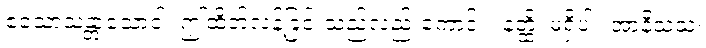
ဧသောသန္တာသောဝါ၊ ဤထိတ်လန့်ခြင်းသည်လည်းကောင်း။ နတ္ထိ၊ မရှိပါ။ အာနိသံသံ၊